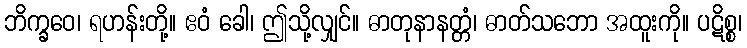
ဘိက္ခဝေ၊ ရဟန်းတို့။ ဧဝံ ခေါ၊ ဤသို့လျှင်။ ဓာတုနာနတ္တံ၊ ဓာတ်သဘော အထူးကို။ ပဋိစ္စ၊